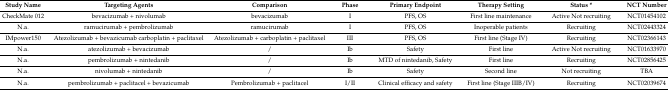
<table><thead><tr><td><b>Study Name</b></td><td><b>Targeting Agents</b></td><td><b>Comparison</b></td><td><b>Phase</b></td><td><b>Primary Endpoint</b></td><td><b>Therapy Setting</b></td><td><b>Status *</b></td><td><b>NCT Number</b></td></tr></thead><tbody><tr><td>CheckMate 012</td><td>bevacizumab + nivolumab</td><td>bevacizumab</td><td>I</td><td>PFS, OS</td><td>First line maintenance</td><td>Active Not recruiting</td><td>NCT01454102</td></tr><tr><td>N.a.</td><td>ramucirumab + pembrolizumab</td><td>ramucirumab</td><td>I</td><td>PFS, OS</td><td>Inoperable patients</td><td>Recruiting</td><td>NCT02443324</td></tr><tr><td>IMpower150</td><td>Atezolizumab + bevazicumab carboplatin + paclitaxel</td><td>Atezolizumab + carboplatin + paclitaxel</td><td>III</td><td>PFS, OS</td><td>First line (Stage IV)</td><td>Recruiting</td><td>NCT02366143</td></tr><tr><td>N.a.</td><td>atezolizumab + bevacizumab</td><td>/</td><td>Ib</td><td>Safety</td><td>First line</td><td>Active Not recruiting</td><td>NCT01633970</td></tr><tr><td>N.a.</td><td>pembrolizumab + nintedanib</td><td>/</td><td>Ib</td><td>MTD of nintedanib, Safety</td><td>First line</td><td>Recruiting</td><td>NCT02856425</td></tr><tr><td>N.a.</td><td>nivolumab + nintedanib</td><td>/</td><td>Ib</td><td>Safety</td><td>Second line</td><td>Not recruiting</td><td>TBA</td></tr><tr><td>N.a.</td><td>pembrolizumab + paclitacel + bevazicumab</td><td>Pembrolizumab + paclitacel</td><td>I/II</td><td>Clinical efficacy and safety</td><td>First line (Stage IIIB/IV)</td><td>Recruiting</td><td>NCT02039674</td></tr></tbody></table>